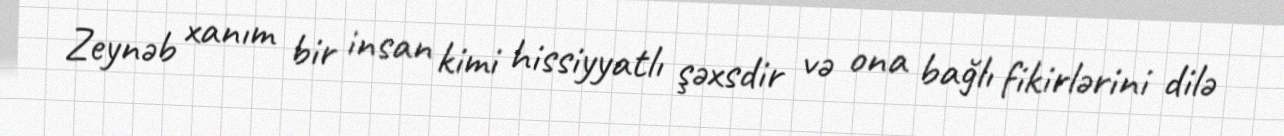
Zeynəb xanım bir insan kimi hissiyyatlı şəxsdir və ona bağlı fikirlərini dilə